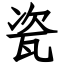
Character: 瓷